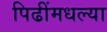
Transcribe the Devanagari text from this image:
पिढींमधल्या